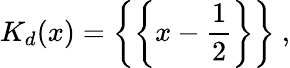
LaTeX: K_{d}(x)=\biggl\{ \biggl\{ x-{\frac{1}{2}}\biggr\} \biggr\} \ ,